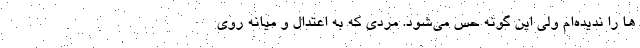
ها را ندیده‌ام ولی این گونه حس می‌شود. مردی که به اعتدال و میانه روی